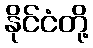
နိုင်ငံတို့